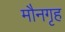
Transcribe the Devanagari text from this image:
मौनगृह